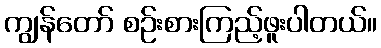
ကျွန်တော် စဉ်းစားကြည့်ဖူးပါတယ်။